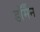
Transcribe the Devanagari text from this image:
डॉर्मैन